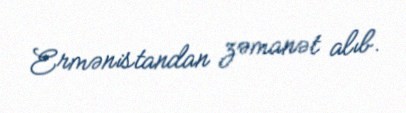
Ermənistandan zəmanət alıb.